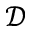
\mathcal { D }